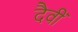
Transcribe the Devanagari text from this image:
दैवीं